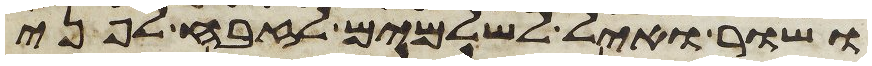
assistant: ושור ואיל לשלמים לזבח לפני